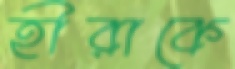
হীরাকে